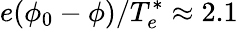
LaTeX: e(\phi_{0}-\phi)/T_{e}^{*}\approx 2.1